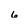
Character: 6